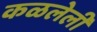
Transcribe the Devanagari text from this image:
कळलेली